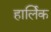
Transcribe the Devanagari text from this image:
हार्लिक